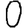
Digit: 0